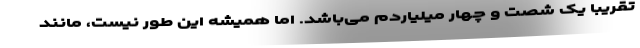
تقریبا یک شصت و چهار میلیاردم می‌باشد. اما همیشه این طور نیست، مانند